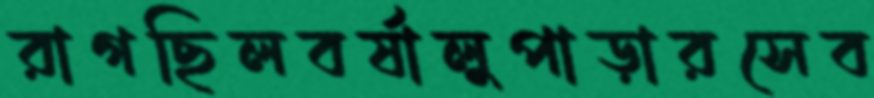
রাগছিলবর্ষালুপাড়ারসেব